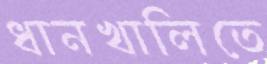
ধানখালিতে